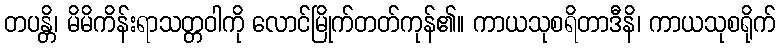
တပန္တိ၊ မိမိကိန်းရာသတ္တဝါကို လောင်မြိုက်တတ်ကုန်၏။ ကာယသုစရိတာဒီနိ၊ ကာယသုစရိုက်